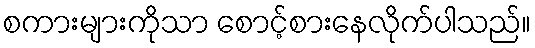
စကားများကိုသာ စောင့်စားနေလိုက်ပါသည်။